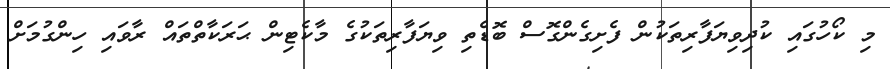
މި ކޯހުގައި ކުދިވިޔަފާރިތަކުން ފެށިގެންގޮސް ބޮޑެތި ވިޔަފާރިތަކުގެ މާކެޓިން ޙަރަކާތްތައް ރާވައި ހިންގުމަށް